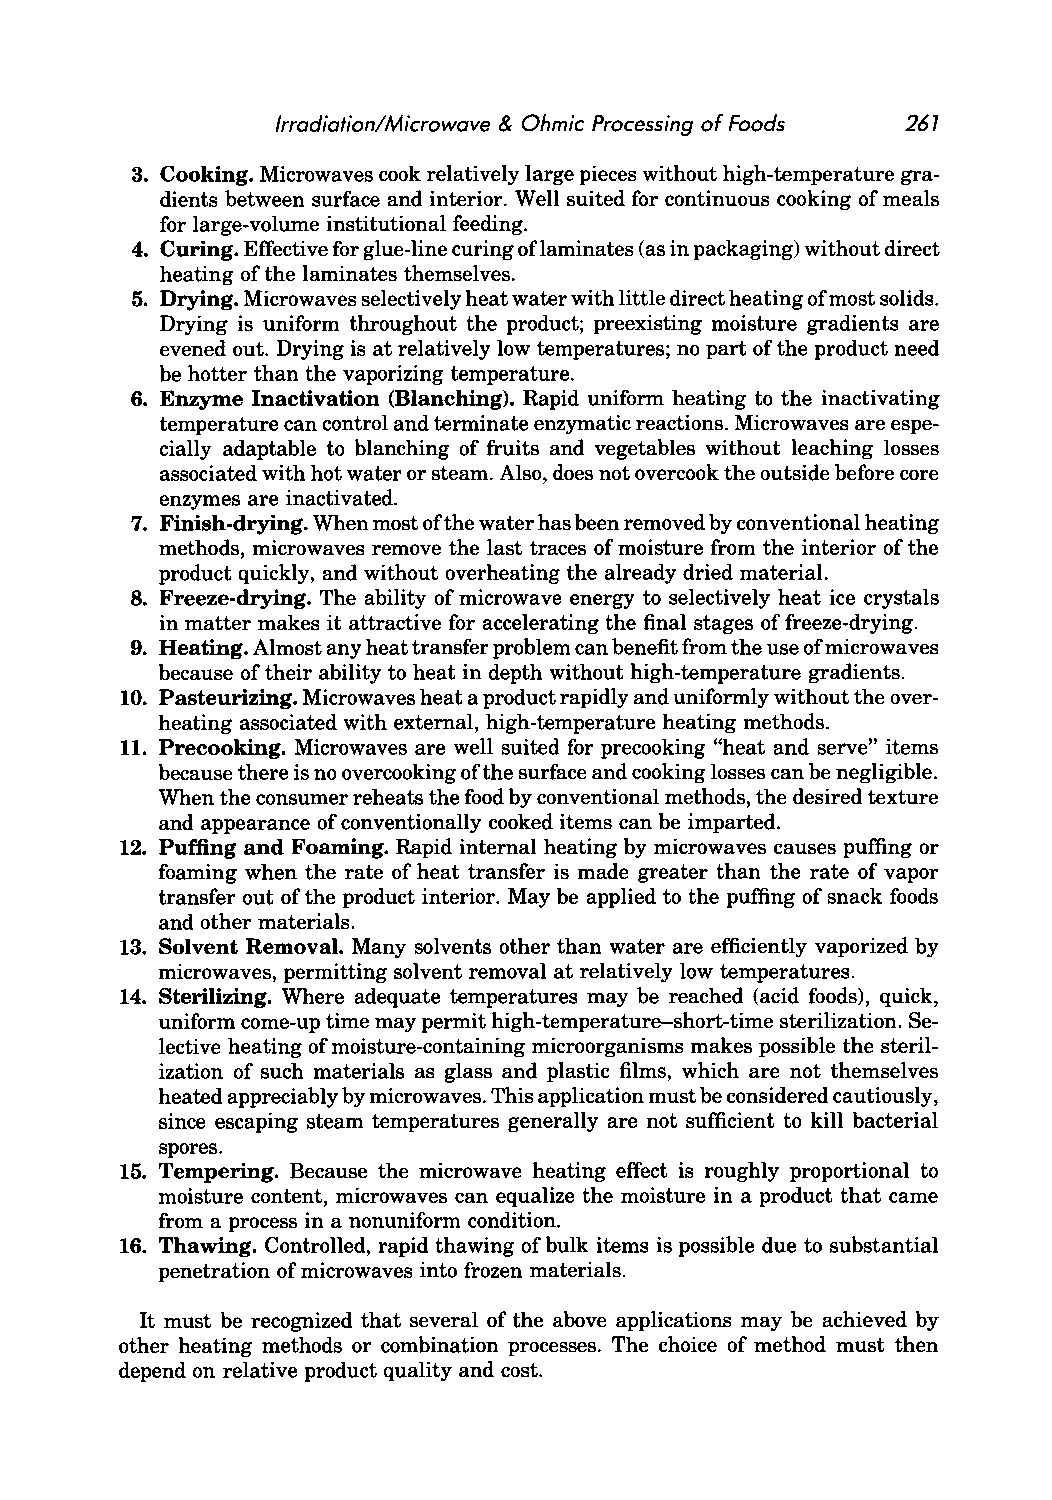
Irradiation/Microwave & Ohmic Processing of Foods 261
 3. Cooking. Microwaves cook relatively large pieces without high-temperature gra
 dients between surface and interior. Well suited for continuous cooking of meals
 for large-volume institutional feeding.
 4. Curing. Effective for glue-line curing oflaminates (as in packaging) without direct
 heating of the laminates themselves.
 5. Drying. Microwaves selectively heat water with little direct heating of most solids.
 Drying is uniform throughout the product; preexisting moisture gradients are
 evened out. Drying is at relatively low temperatures; no part of the product need
 be hotter than the vaporizing temperature.
 6. Enzyme Inactivation (Blanching). Rapid uniform heating to the inactivating
 temperature can control and terminate enzymatic reactions. Microwaves are espe
 cially adaptable to blanching of fruits and vegetables without leaching losses
 associated with hot water or steam. Also, does not overcook the outside before core
 enzymes are inactivated.
 7. Finish-drying. When most of the water has been removed by conventional heating
 methods, microwaves remove the last traces of moisture from the interior of the
 product quickly, and without overheating the already dried material.
 8. Freeze-drying. The ability of microwave energy to selectively heat ice crystals
 in matter makes it attractive for accelerating the final stages of freeze-drying.
 9. Heating. Almost any heat transfer problem can benefit from the use of microwaves
 because of their ability to heat in depth without high-temperature gradients.
 10. Pasteurizing. Microwaves heat a product rapidly and uniformly without the over
 heating associated with external, high-temperature heating methods.
 11. Precooking. Microwaves are well suited for precooking "heat and serve" items
 because there is no overcooking of the surface and cooking losses can be negligible.
 When the consumer reheats the food by conventional methods, the desired texture
 and appearance of conventionally cooked items can be imparted.
 12. Puffing and Foaming. Rapid internal heating by microwaves causes puffing or
 foaming when the rate of heat transfer is made greater than the rate of vapor
 transfer out of the product interior. May be applied to the puffing of snack foods
 and other materials.
 13. Solvent Removal. Many solvents other than water are efficiently vaporized by
 microwaves, permitting solvent removal at relatively low temperatures.
 14. Sterilizing. Where adequate temperatures may be reached (acid foods), quick,
 uniform come-up time may permit high-temperature-short-time sterilization. Se
 lective heating of moisture-containing microorganisms makes possible the steril
 ization of such materials as glass and plastic films, which are not themselves
 heated appreciably by microwaves. This application must be considered cautiously,
 since escaping steam temperatures generally are not sufficient to kill bacterial
 spores.
 15. Tempering. Because the microwave heating effect is roughly proportional to
 moisture content, microwaves can equalize the moisture in a product that came
 from a process in a nonuniform condition.
 16. Thawing. Controlled, rapid thawing of bulk items is possible due to substantial
 penetration of microwaves into frozen materials.
 It must be recognized that several of the above applications may be achieved by
 other heating methods or combination processes. The choice of method must then
 depend on relative product quality and cost.